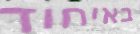
באיחוד